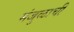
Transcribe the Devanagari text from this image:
मंजुळाची